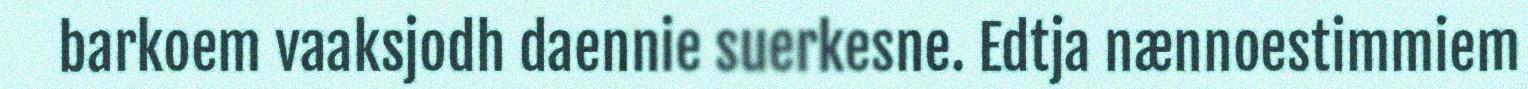
barkoem vaaksjodh daennie suerkesne. Edtja nænnoestimmiem